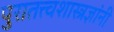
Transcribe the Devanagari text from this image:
पुरातत्त्वशास्त्रज्ञांनी